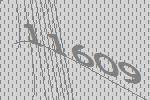
11609